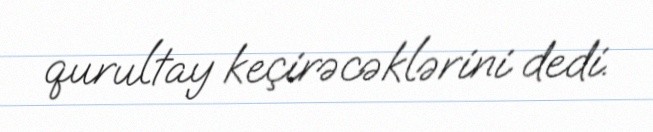
qurultay keçirəcəklərini dedi.